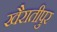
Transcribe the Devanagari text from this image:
खैरातीपुर